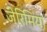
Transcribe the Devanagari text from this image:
जेरिमिया